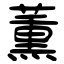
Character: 薫